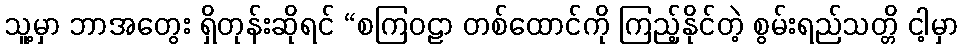
သူ့မှာ ဘာအတွေး ရှိတုန်းဆိုရင် “စကြဝဠာ တစ်ထောင်ကို ကြည့်နိုင်တဲ့ စွမ်းရည်သတ္တိ ငါ့မှာ